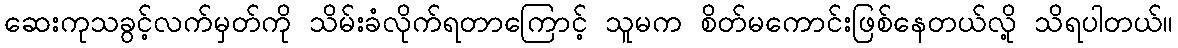
ဆေးကုသခွင့်လက်မှတ်ကို သိမ်းခံလိုက်ရတာကြောင့် သူမက စိတ်မကောင်းဖြစ်နေတယ်လို့ သိရပါတယ်။